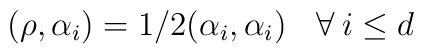
(\rho  ,\alpha_{i}) = 1/2 (\alpha_{i}, \alpha_{i})\:\:\:\:  \forall \: i \leq d